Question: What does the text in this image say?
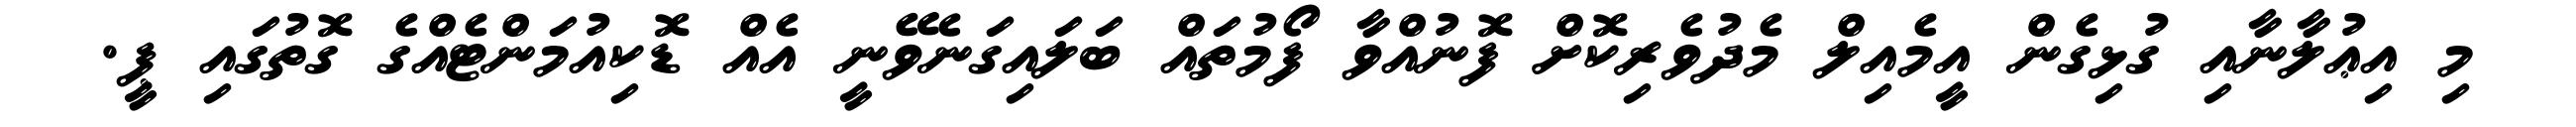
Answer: މި އިޢުލާނާއި ގުޅިގެން އީމެއިލް މެދުވެރިކޮށް ފޮނުއްވާ ފޯމުތައް ބަލައިގަނެވޭނީ އެއް ޑޮކިއުމަންޓެއްގެ ގޮތުގައި ޕީ.